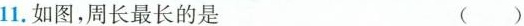
11.如图，周长最长的是 （）